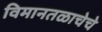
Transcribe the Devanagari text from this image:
विमानतळाचेचे